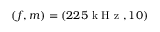
( f , m ) = ( 2 2 5 \mathrm { ~ k ~ H ~ z ~ } , 1 0 )